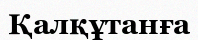
Қалқұтанға